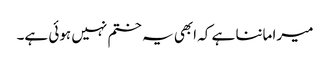
میرا ماننا ہے کہ ابھی یہ ختم نہیں ہوئی ہے۔